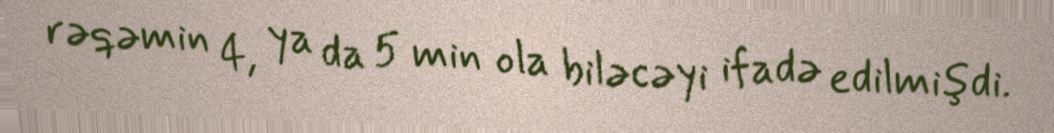
rəqəmin 4, ya da 5 min ola biləcəyi ifadə edilmişdi.